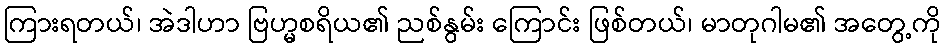
ကြားရတယ်၊ အဲဒါဟာ ဗြဟ္မစရိယ၏ ညစ်နွမ်း ကြောင်း ဖြစ်တယ်၊ မာတုဂါမ၏ အတွေ့ကို